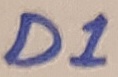
Text: D!